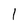
Character: I